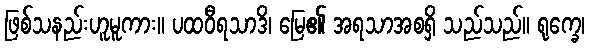
ဖြစ်သနည်းဟူမူကား။ ပထဝီရသာဒိ၊ မြေ၏ အရသာအစရှိ သည်သည်။ ရုက္ခေ၊